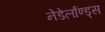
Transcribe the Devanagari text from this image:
नेडेर्लाण्ड्स